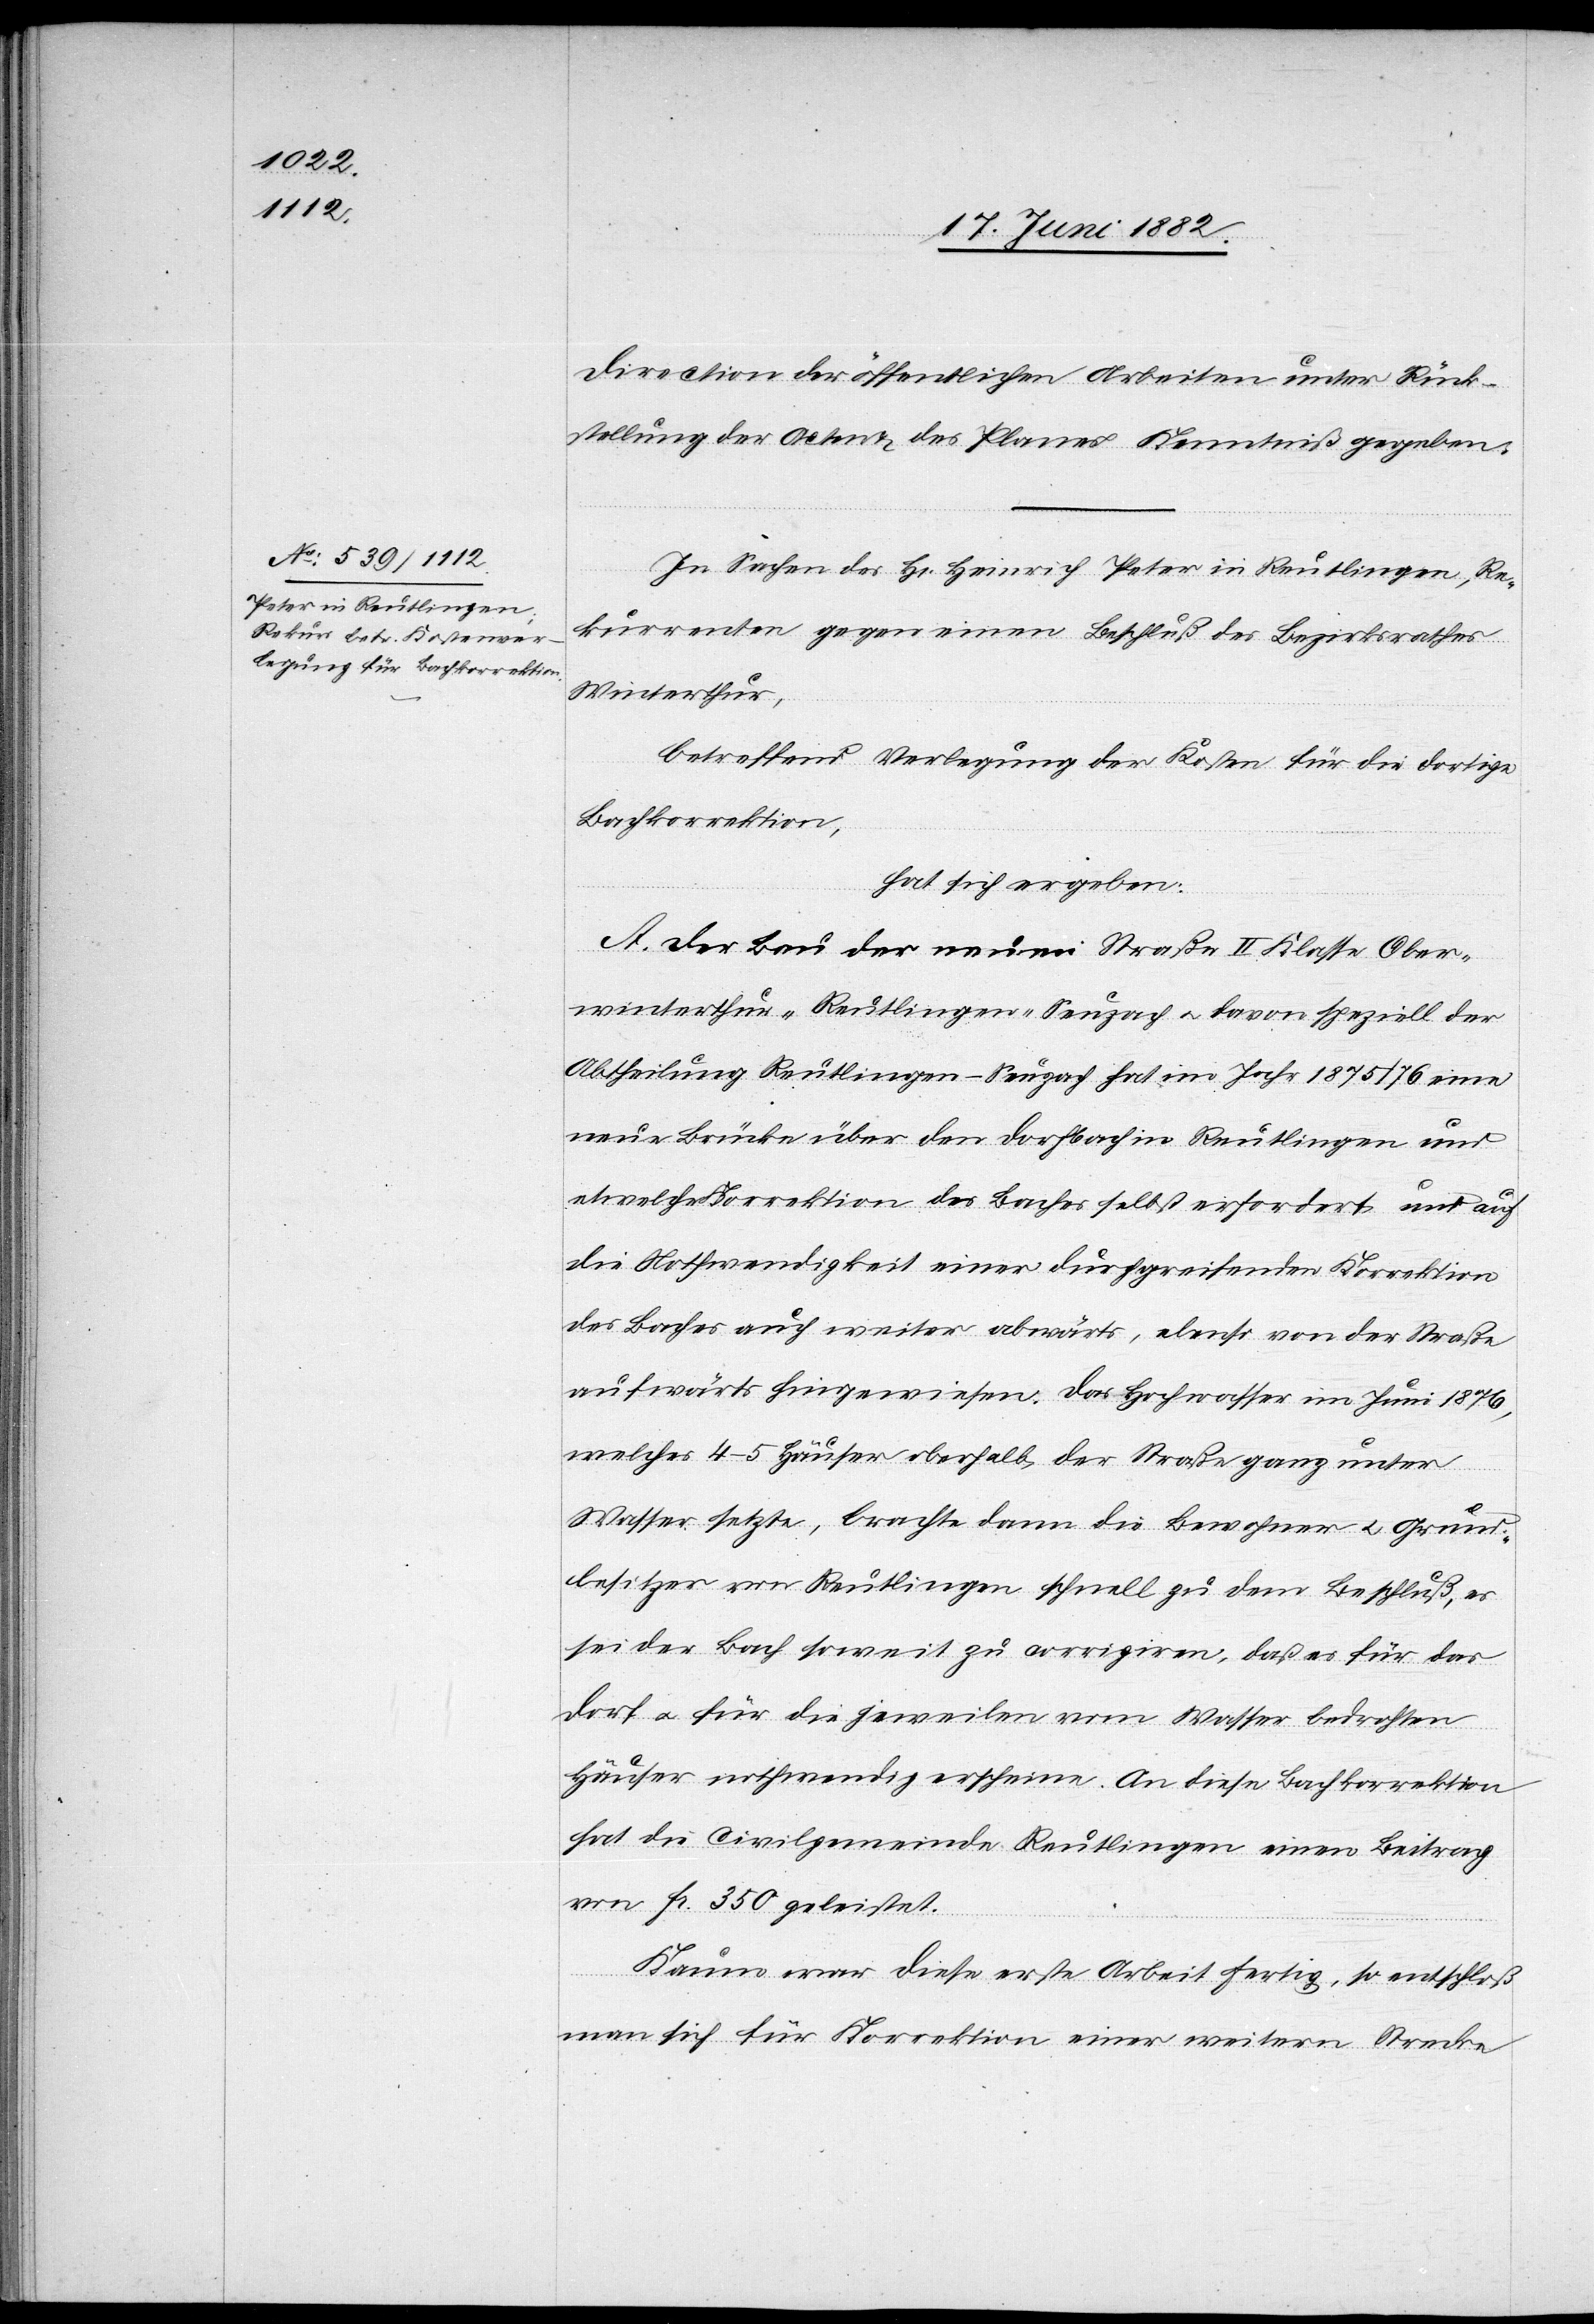
Direction der öffentlichen Arbeiten unter Rück¬
stellung der Acten & des Planes Kenntniß gegeben.
In Sachen des H[rn]. Heinrich Peter in Reutlingen, Re¬
kurrenten gegen einen Beschluß des Bezirksrathes
Winterthur,
betreffend Verlegung der Kosten für die dortige
Bachkorrektion,
hat sich ergeben:
A. Der Bau der neuen Straße II. Klasse Ober¬
winterthur–Reutlingen–Seuzach u. davon speziell der
Abtheilung Reutlingen–Seuzach hat im Jahr 1875/76 eine
neue Brücke über den Dorfbach in Reutlingen und
etwelche Korrektion des Baches selbst erfordert und auf
die Nothwendigkeit einer durchgreifenden Korrektion
des Baches auch weiter abwärts, ebenso von der Straße
aufwärts hingewiesen. Das Hochwasser im Juni 1876,
welches 4–5 Häuser oberhalb der Straße ganz unter
Wasser setzte, brachte dann die Bewohner u. Grund¬
besitzer von Reutlingen schnell zu dem Beschluß, es
sei der Bach soweit zu corrigiren, daß es für das
Dorf u. für die jeweilen vom Wasser bedrohten
Häuser nothwendig erscheine. An diese Bachkorrektion
hat die Civilgemeinde Reutlingen einen Beitrag
von Fr. 350 geleistet.
Kaum war diese erste Arbeit fertig, so entschloß
man sich für Korrektion einer weitern Strecke